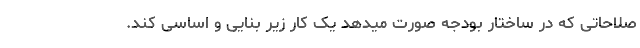
صلاحاتی که در ساختار بودجه صورت میدهد یک کار زیر بنایی و اساسی کند.